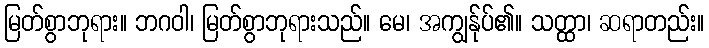
မြတ်စွာဘုရား။ ဘဂဝါ၊ မြတ်စွာဘုရားသည်။ မေ၊ အကျွန်ုပ်၏။ သတ္ထာ၊ ဆရာတည်း။